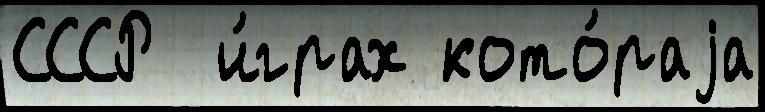
СССР  и́грах кото́раjа